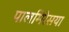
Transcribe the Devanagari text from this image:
पालमिरेसया